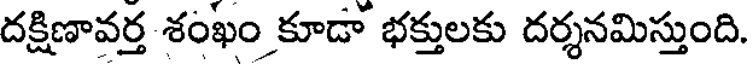
దక్షిణావర్త శంఖం కూడా భక్తులకు దర్శనమిస్తుంది.